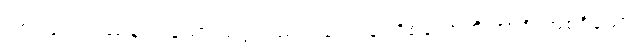
အားဖြင့်။ ဒဿနံ၊ ပြသော သဒ္ဒါတည်း။ ဒေသနာ ဝိစယောတိ အာဒိ၊ အစရှိသော